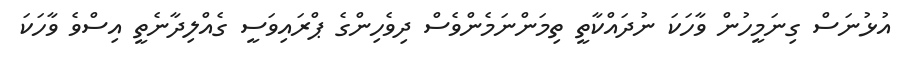
އުޅުނަސް ގިނަމީހުން ވާހަކަ ނުދައްކާތީ ތިމަންނަމެންވެސް ދިވެހިންގެ ޕްރައިވަސީ ގެއްލިދާނެތީ އިސްވެ ވާހަކަ